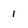
Character: 1